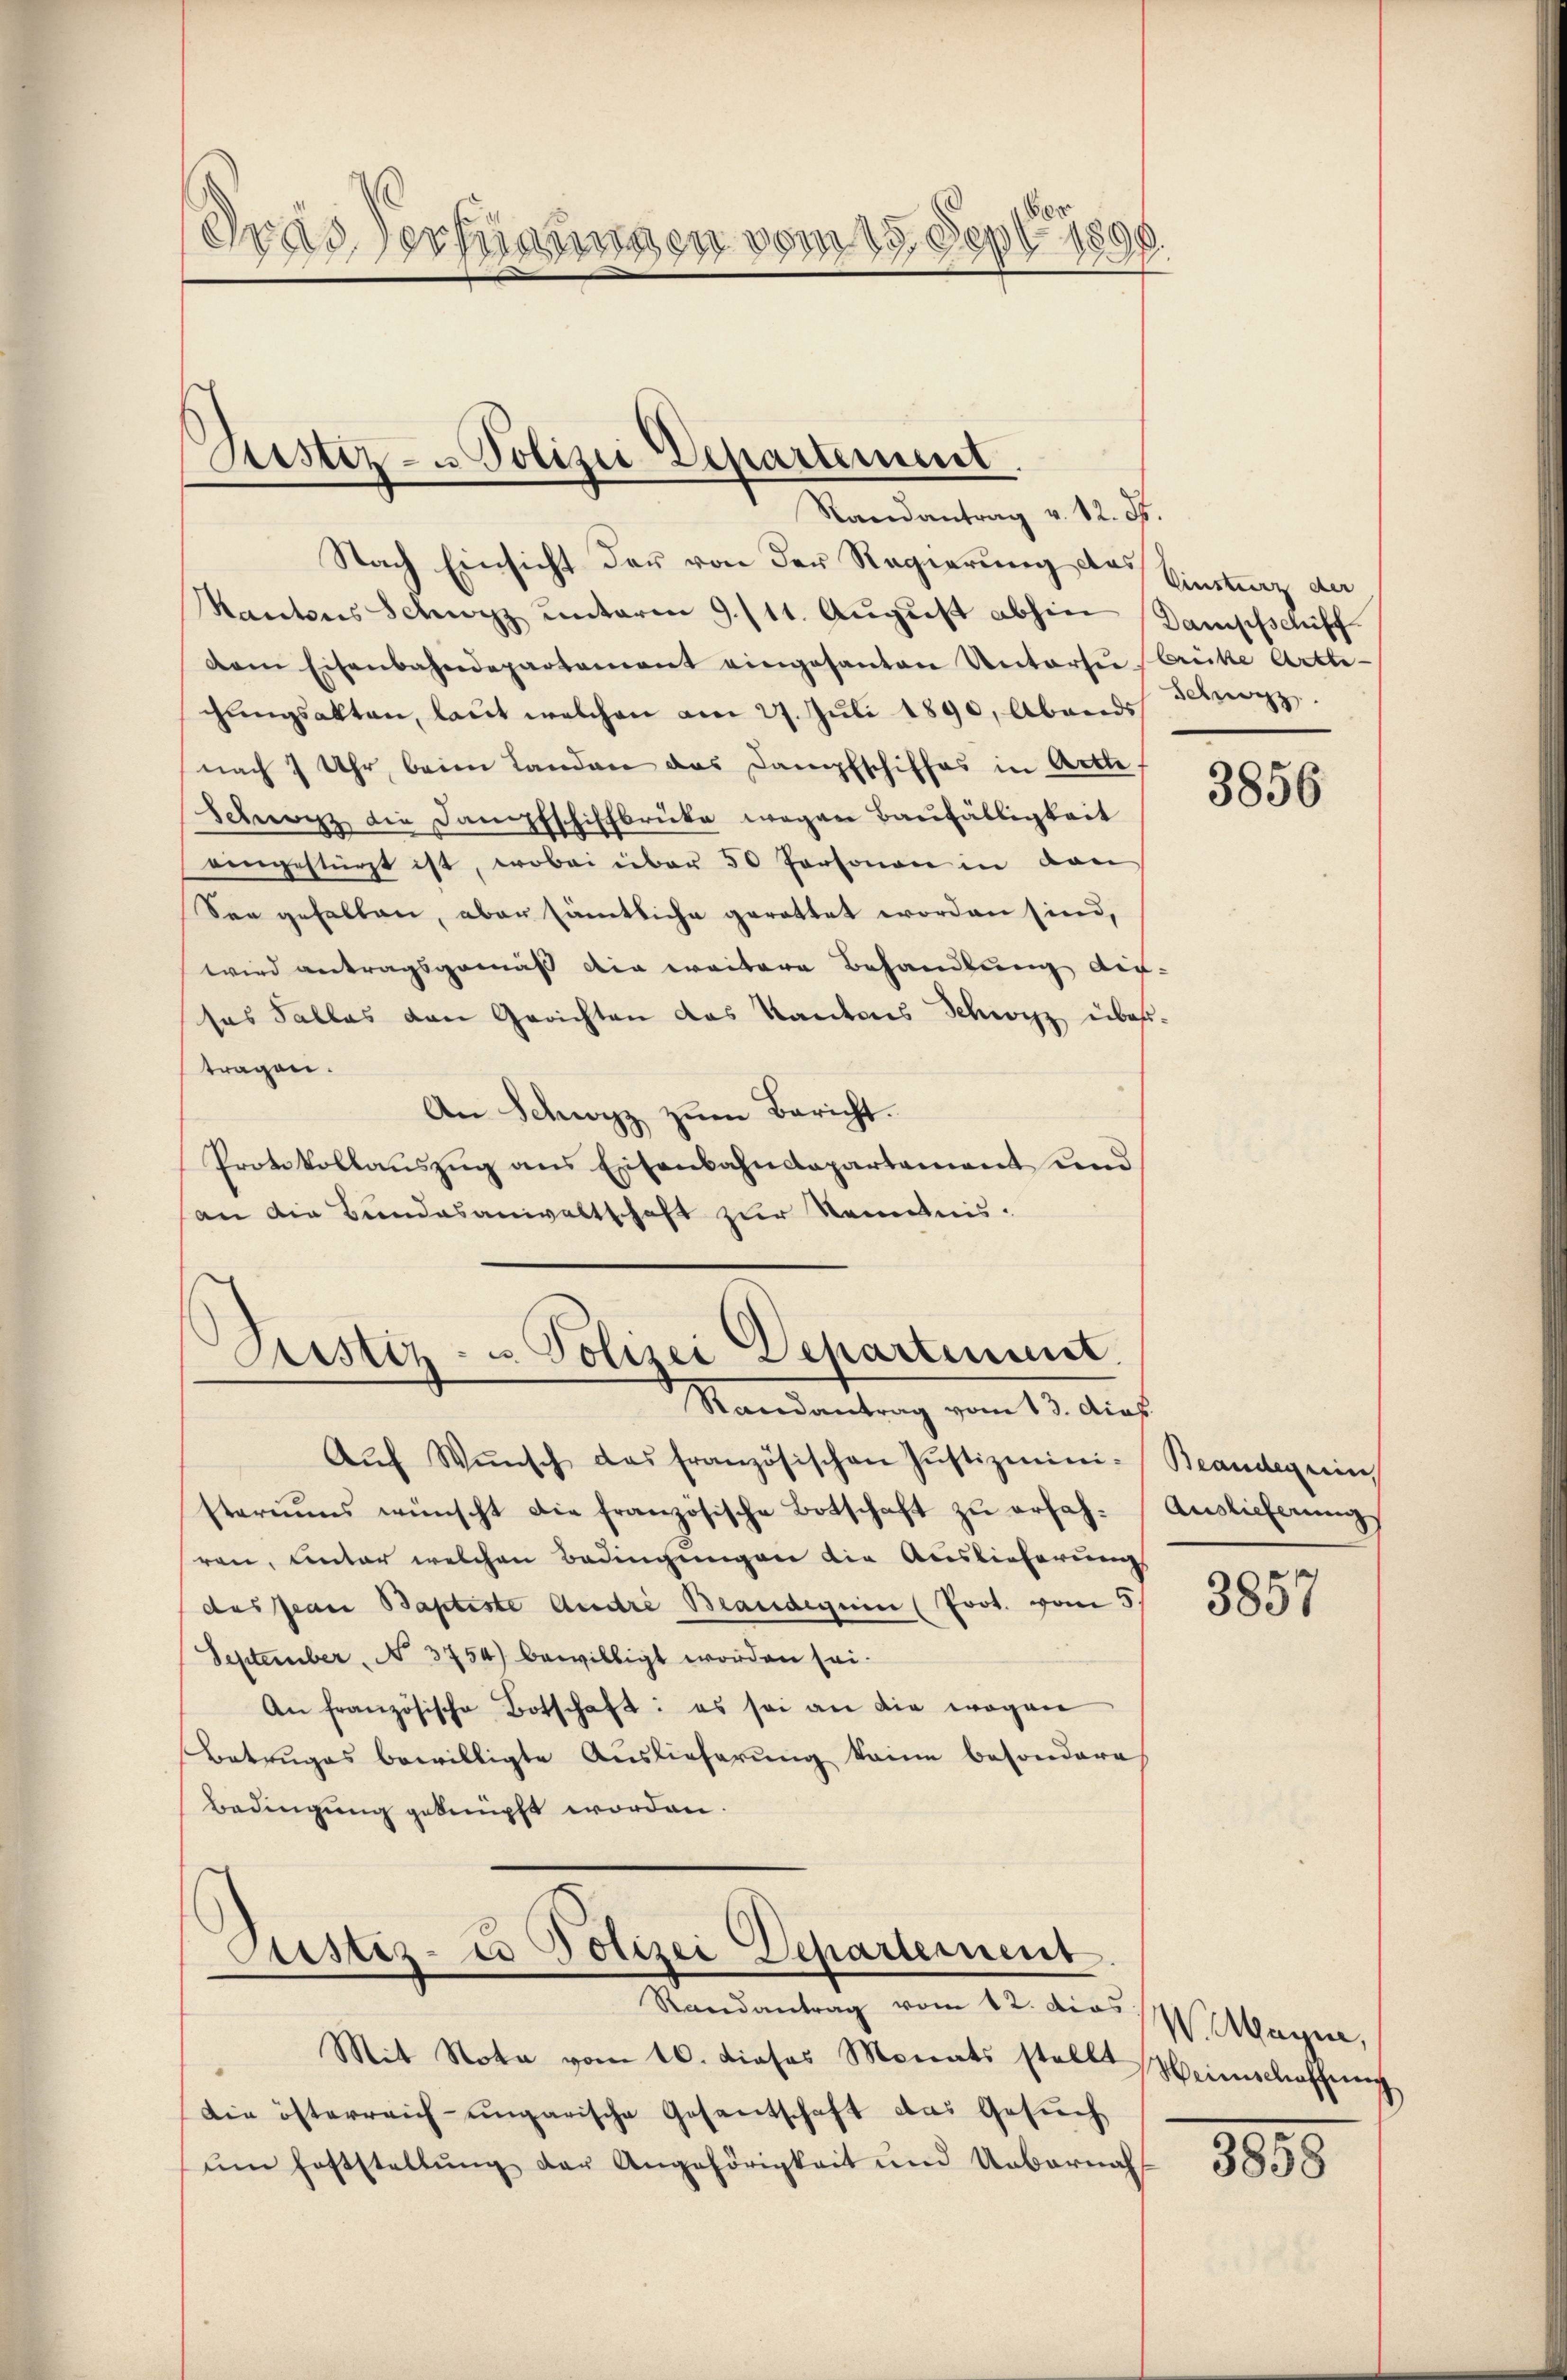
Ber
Frad verfügungen vom 13. Sept. 1890.

Pestiz- u Polizei Departement.

Randantrag v. 12. d.
Nach Einsicht der von der Regierung des Einstenz de
Kantons Schwyz unterm 9./11. Aŭgŭst abhin Dampfschiff
dem Eisenbahndepartament eingesanten Untersŭ bricke Artte-
chŭngsakten, laut welchen am 27. Juli 1890, Abends Schwyz
nach 7 Uhr, beim Landen das Dampfschiffes in Arthe,
Schweiz die Dampfschiffbrüke wegen Baufälligkeit
vergestürzt ist, wobei über 50 Personen in dan
See gehalten, aber sämtliche gerattet worden sind,
wird antragsgemäß die weitere Behandlung die-
sas Falles den Gerichten das Kantons Schwyz über-
tragen.
An Schwyz zum Bericht.
Protokollauszug aus Eisenbahndepartement und
an die Bundesanwaltschaft zur Kenntnis.

Gustiz- u. Polizei Departement

Randantrag vom 13. das.
Aŭf Wŭnsch das französischen Justizmini-
steriums wünscht die französische Botschaft zu erfahren, unter welchen Bedingungen die Auslieferung
des Jean Baptiste Andre Brandeguin (Prot. vom 5.
September, No. 3754) bewilligt worden sei.
An französische Botschaft: es sei an die wegen
Betruges bewilligte Auslieferung keine besondere
Bedingung geknüpft worden.

Justiz- u Polizei Departement

Randantrag vom 12. dies N. Mayn,
Mit Nota vom 16. dieses Monats stellt Weinschaffŭng
Die österreich eingarische Gesantschaft das Gesuch
ŭm Feststellŭng der Angehörigkeit und Uebernah

3856

Beandeguin
Auslieferung

3857

3858